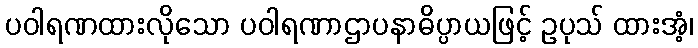
ပဝါရဏထားလိုသော ပဝါရဏာဌာပနာဓိပ္ပာယဖြင့် ဥပုသ် ထားအံ့၊